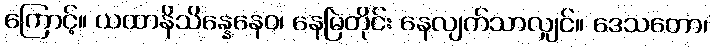
ကြောင့်။ ယထာနိသိန္နေနေဝ၊ နေမြဲတိုင်း နေလျက်သာလျှင်။ ဒေသတော၊